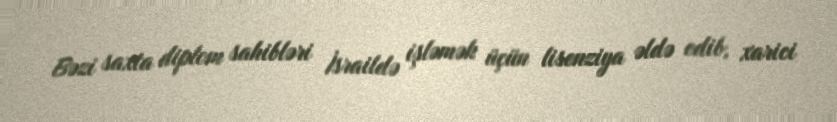
Bəzi saxta diplom sahibləri İsraildə işləmək üçün lisenziya əldə edib, xarici